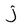
Character: j